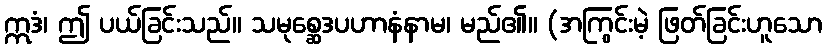
ဣဒံ၊ ဤ ပယ်ခြင်းသည်။ သမုစ္ဆေဒပဟာနံနာမ၊ မည်၏။ (အကြွင်းမဲ့ ဖြတ်ခြင်းဟူသော